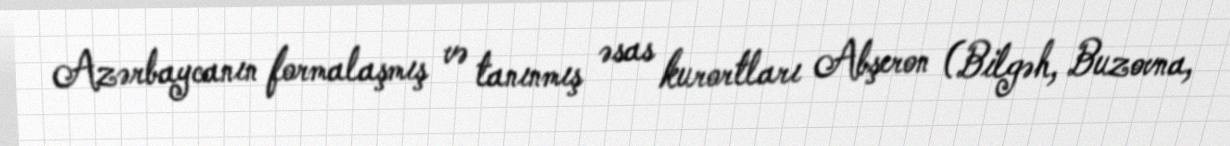
Azərbaycanın formalaşmış və tanınmış əsas kurortları Abşeron (Bilgəh, Buzovna,